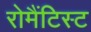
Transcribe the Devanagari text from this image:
रोमैंटिस्ट